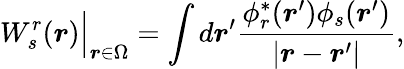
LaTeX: W_{s}^{r}(\boldsymbol{r})\Big|_{\boldsymbol{r}\in\Omega}=\int d\boldsymbol{r}^{\prime}\frac{\phi_{r}^{*}(\boldsymbol{r}^{\prime})\phi_{s}(\boldsymbol{r}^{\prime})}{|\boldsymbol{r}-\boldsymbol{r}^{\prime}|},